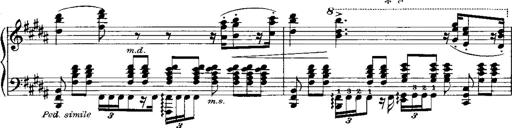
Title: RÃ©miniscences de Norma de Bellini
Composer: Franz Liszt